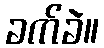
ခက်ခဲ။